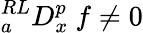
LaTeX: {}_{a}^{RL}D_{x}^{p}~f\neq 0